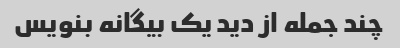
چند جمله از دید یک بیگانه بنویس